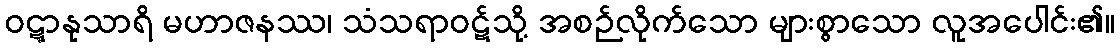
ဝဋ္ဋာနုသာရိ မဟာဇနဿ၊ သံသရာဝဋ်သို့ အစဉ်လိုက်သော များစွာသော လူအပေါင်း၏။